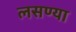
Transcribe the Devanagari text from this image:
लसण्या